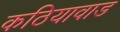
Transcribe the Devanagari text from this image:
कठियावाड